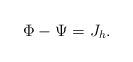
LaTeX: \begin{align*}\Phi-\Psi = J_h.\end{align*}